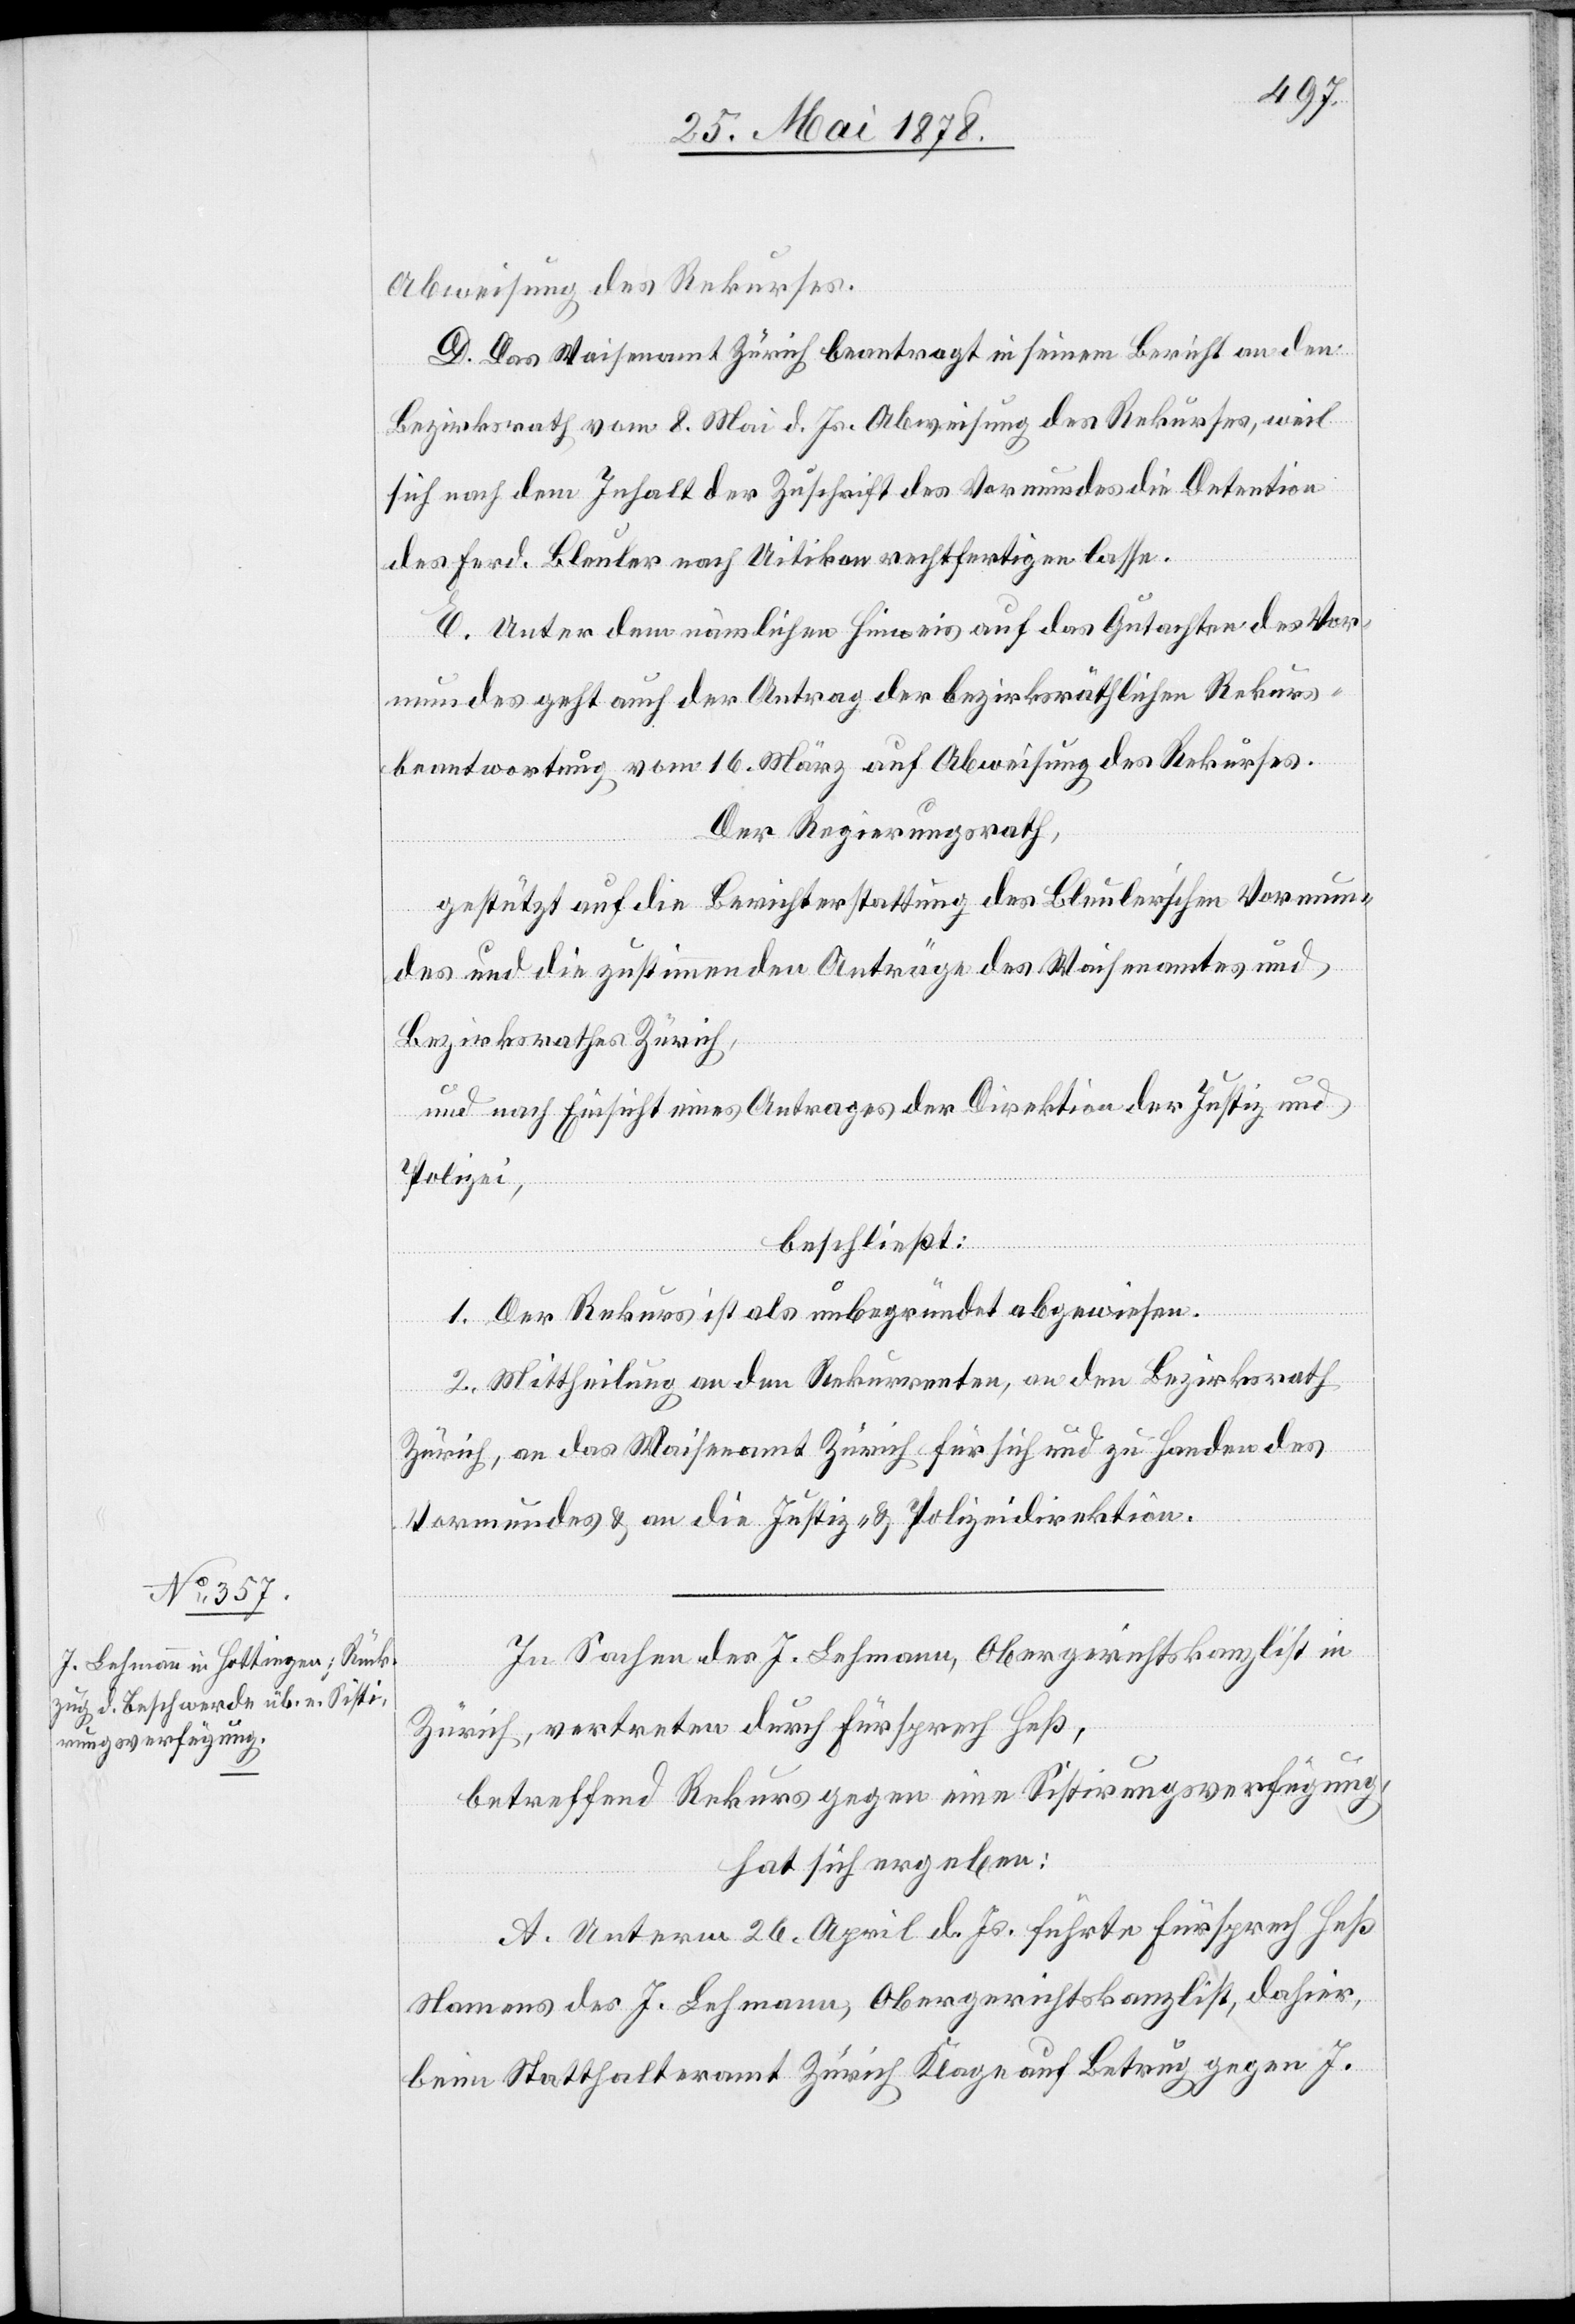
Abweisung des Rekurses.
D. Das Waisenamt Zürich beantragt in seinem Bericht an den
Bezirksrath vom 8. Mai d. Js. Abweichung des Rekurses, weil
sich nach dem Inhalt der Zuschrift des Vormundes die Detention
des Ferd. Bleuler nach Uitikon rechtfertigen lasse.
E. Unter dem nämlichen Hinweis auf das Gutachten des Vor¬
mundes geht auch der Antrag der bezirksräthlichen Rekurs¬
beantwortung vom 16. März auf Abweisung des Rekurses.
Der Regierungsrath,
gestützt auf die Berichterstattung des Bleuler’schen Vormun¬
des und die zustimmenden Anträge des Waisenamtes und
Bezirksrathes Zürich,
und nach Einsicht eines Antrages der Direktion der Justiz und
Polizei,
beschließt:
1. Der Rekurs ist als unbegründet abgewiesen.
2. Mittheilung an den Rekurrenten, an den Bezirksrath
Zürich, an das Waisenamt Zürich für sich und zu Handen des
Vormundes & an die Justiz- & Polizeidirektion.
In Sachen des J. Lehmann, Obergerichtskanzlist in
Zürich, vertreten durch Fürsprech Heß,
betreffend Rekurs gegen eine Sistirungsverfügung,
hat sich ergeben:
A. Unterm 26. April d. Js. führte Fürsprech Heß
Namens des J. Lehmann, Obergerichtskanzlist, dahier,
beim Statthalteramt Zürich Klage auf Betrug gegen J.